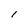
Character: l